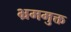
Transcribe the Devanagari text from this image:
भ्रममुक्त